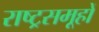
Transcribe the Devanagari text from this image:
राष्ट्रसमूहों